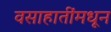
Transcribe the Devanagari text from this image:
वसाहातींमधून